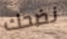
نضحك